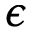
\epsilon